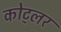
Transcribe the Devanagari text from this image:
कोट्लर